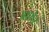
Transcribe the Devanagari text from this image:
आशेर